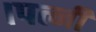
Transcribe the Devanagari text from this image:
।पत्नी